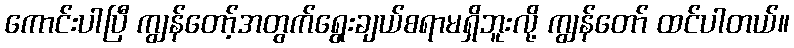
ကောင်းပါပြီ ကျွန်တော့်အတွက်ရွေးချယ်စရာမရှိဘူးလို့ ကျွန်တော် ထင်ပါတယ်။